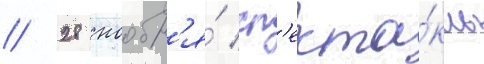
// 28 ноабр'я́ сп'екта́кль